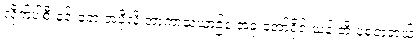
လိုက်ပါစီးနင်းခဲ့တဲ့ အပိုလို အာကာသယာဉ်နဲ့ အခု အော်ရိုင်းယန် တို့ ပုံစံတူတယ်